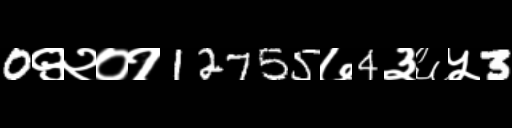
Text: 0९२०१12755७4३६५3